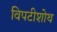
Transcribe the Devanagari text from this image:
विपटीशोथ